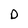
Character: D